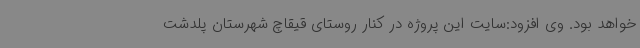
خواهد بود. وی افزود:سایت این پروژه در کنار روستای قیقاچ شهرستان پلدشت